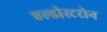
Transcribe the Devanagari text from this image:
एल्डोस्टरोन